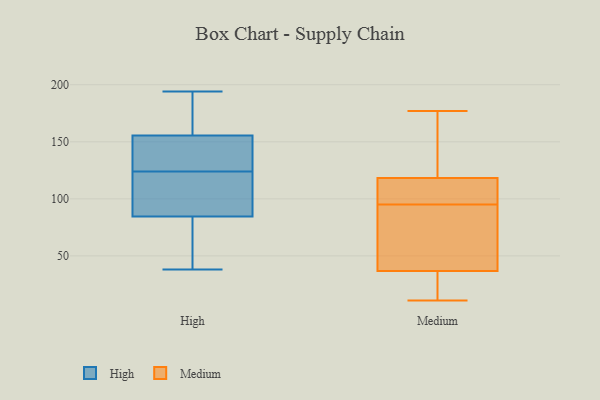
{"axis": {"x": "Operating Costs (USD K)", "y": "Value"}, "legend": ["High", "Medium"], "data": [{"x": "", "y": 116, "type": "High"}, {"x": "", "y": 124, "type": "High"}, {"x": "", "y": 158, "type": "High"}, {"x": "", "y": 148, "type": "High"}, {"x": "", "y": 176, "type": "High"}, {"x": "", "y": 194, "type": "High"}, {"x": "", "y": 104, "type": "High"}, {"x": "", "y": 38, "type": "High"}, {"x": "", "y": 41, "type": "High"}, {"x": "", "y": 189, "type": "High"}, {"x": "", "y": 139, "type": "High"}, {"x": "", "y": 137, "type": "High"}, {"x": "", "y": 92, "type": "High"}, {"x": "", "y": 82, "type": "High"}, {"x": "", "y": 45, "type": "High"}, {"x": "", "y": 33, "type": "Medium"}, {"x": "", "y": 114, "type": "Medium"}, {"x": "", "y": 95, "type": "Medium"}, {"x": "", "y": 177, "type": "Medium"}, {"x": "", "y": 131, "type": "Medium"}, {"x": "", "y": 97, "type": "Medium"}, {"x": "", "y": 105, "type": "Medium"}, {"x": "", "y": 158, "type": "Medium"}, {"x": "", "y": 87, "type": "Medium"}, {"x": "", "y": 73, "type": "Medium"}, {"x": "", "y": 96, "type": "Medium"}, {"x": "", "y": 38, "type": "Medium"}, {"x": "", "y": 17, "type": "Medium"}, {"x": "", "y": 73, "type": "Medium"}, {"x": "", "y": 11, "type": "Medium"}, {"x": "", "y": 140, "type": "Medium"}, {"x": "", "y": 21, "type": "Medium"}]}